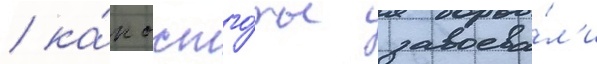
/ ка́к остго́ты завоева́л'и